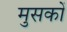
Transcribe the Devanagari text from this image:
मुसकों